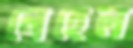
নেহেল